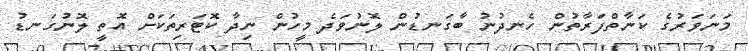
މަނަވަރުގެ ކަނާތްފަރާތުން ހެނދުނު ބާގަނޑުން ލޮނުވަދެ މީހުން ނިދާ ކޮޓަރިތަކަށް އޮތީ ލޮނުގަނޑު